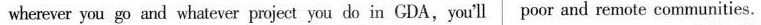
wherever you go and whatever project you do in GDA,you'll poor and remote communities.